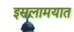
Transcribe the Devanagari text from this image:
इसलामयात